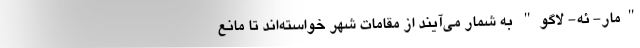
"مار- ئه- لاگو" به شمار می‌آیند از مقامات شهر خواسته‌اند تا مانع